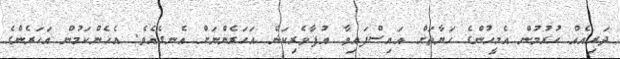
ދަރިއެއް ހުރުމުން އެމީހުންގެ ހަޔާތަށް އައިސްފައިވާ އުފާވެރިކަން އަހަރެންނަށް އެނގެއެވެ. އެހެންކަމުން އަހަރެންގެ